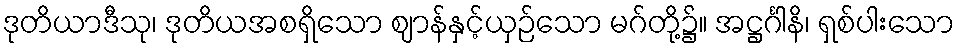
ဒုတိယာဒီသု၊ ဒုတိယအစရှိသော ဈာန်နှင့်ယှဉ်သော မဂ်တို့၌။ အဋ္ဌင်္ဂါနိ၊ ရှစ်ပါးသော